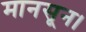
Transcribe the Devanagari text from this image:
मानसून।